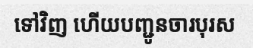
ទៅវិញ ហើយបញ្ជូនចារបុរស